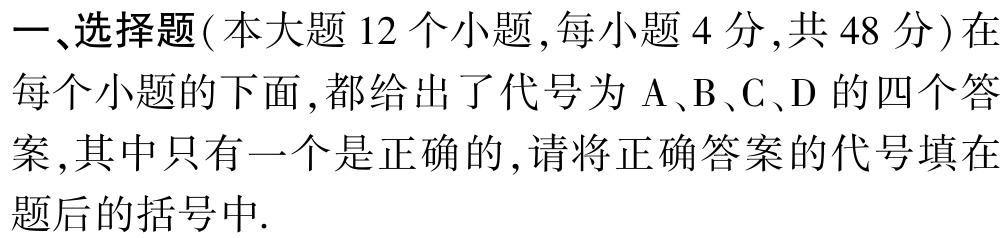
一、选择题(本大题 12 个小题 ,每小题 4 分 ,共 48 分)在每个小题的下面 ,都给出了代号为 A、B、C、D 的四个答案 ,其中只有一个是正确的 ,请将正确答案的代号填在题后的括号中.